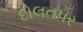
દોલતપર